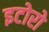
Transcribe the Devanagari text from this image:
इटोरो